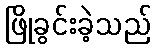
ဖြိုခွင်းခဲ့သည်